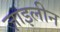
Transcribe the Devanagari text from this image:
ज़ाइलीन